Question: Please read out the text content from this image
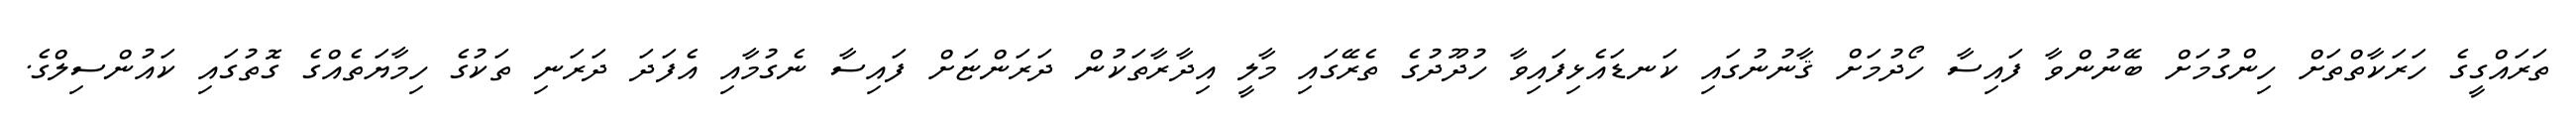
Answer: ތަރައްގީގެ ހަރަކާތްތަށް ހިންގުމަށް ބޭނުންވާ ފައިސާ ހޯދުމަށް ޤާނުނުގައި ކަނޑައެޅިފައިވާ ހުދޫދުގެ ތެރޭގައި މާލީ އިދާރާތަކުން ދަރަންޏަށް ފައިސާ ނެގުމާއި އެފަދަ ދަރަނި ތަކުގެ ހިމާޔަތެއްގެ ގޮތުގައި ކައުންސިލްގެ.